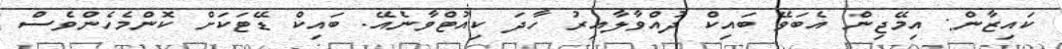
ކައިޒާން: އިމޭޖިން އެބަވޭ ބައިކް ދުއްވާލާއިރު ހާދަ ކިއުޓްވާނެއޭ. ބައިކް ޑޭޓަކަށް ކޮންމެހެންވެސް